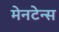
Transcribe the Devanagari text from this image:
मेनटेन्स